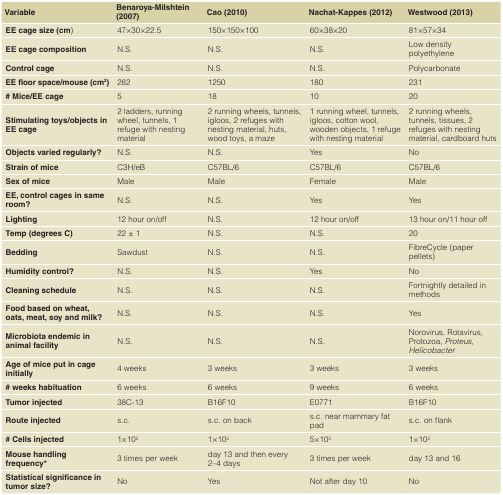
<table><thead><tr><td><b>Variable</b></td><td><b>Benaroya-Milshtein(2007)</b></td><td><b>Cao (2010)</b></td><td><b>Nachat-Kappes (2012)</b></td><td><b>Westwood (2013)</b></td></tr></thead><tbody><tr><td><b>EE cage size (cm)</b></td><td>47×30×22.5</td><td>150×150×100</td><td>60×38×20</td><td>81×57×34</td></tr><tr><td><b>EE cage composition</b></td><td>N.S.</td><td>N.S.</td><td>N.S.</td><td>Low densitypolyethylene</td></tr><tr><td><b>Control cage</b></td><td>N.S.</td><td>N.S.</td><td>N.S.</td><td>Polycarbonate</td></tr><tr><td><b>EE floor space/mouse (cm<sup>2</sup>)</b></td><td>282</td><td>1250</td><td>180</td><td>231</td></tr><tr><td><b># Mice/EE cage</b></td><td>5</td><td>18</td><td>10</td><td>20</td></tr><tr><td><b>Stimulating toys/objects in</b><b>EE cage</b></td><td>2 ladders, runningwheel, tunnels, 1refuge with nestingmaterial</td><td>2 running wheels, tunnels,igloos, 2 refuges withnesting material, huts,wood toys, a maze</td><td>1 running wheel, tunnels,igloos, cotton wool,wooden objects, 1 refugewith nesting material</td><td>2 running wheels,tunnels, tissues, 2refuges with nestingmaterial, cardboard huts</td></tr><tr><td><b>Objects varied regularly?</b></td><td>N.S.</td><td>N.S.</td><td>Yes</td><td>No</td></tr><tr><td><b>Strain of mice</b></td><td>C3H/eB</td><td>C57BL/6</td><td>C57BL/6</td><td>C57BL/6</td></tr><tr><td><b>Sex of mice</b></td><td>Male</td><td>Male</td><td>Female</td><td>Male</td></tr><tr><td><b>EE, control cages in same</b><b>room?</b></td><td>N.S.</td><td>N.S.</td><td>Yes</td><td>Yes</td></tr><tr><td><b>Lighting</b></td><td>12 hour on/off</td><td>N.S.</td><td>12 hour on/off</td><td>13 hour on/11 hour off</td></tr><tr><td><b>Temp (degrees C)</b></td><td>22 ± 1</td><td>N.S.</td><td>N.S.</td><td>20</td></tr><tr><td><b>Bedding</b></td><td>Sawdust</td><td>N.S.</td><td>N.S.</td><td>FibreCycle (paperpellets)</td></tr><tr><td><b>Humidity control?</b></td><td>N.S.</td><td>N.S.</td><td>Yes</td><td>No</td></tr><tr><td><b>Cleaning schedule</b></td><td>N.S.</td><td>N.S.</td><td>N.S.</td><td>Fortnightly detailed inmethods</td></tr><tr><td><b>Food based on wheat,</b><b>oats, meat, soy and milk?</b></td><td>N.S.</td><td>N.S.</td><td>N.S.</td><td>Yes</td></tr><tr><td><b>Microbiota endemic in</b><b>animal facility</b></td><td>N.S.</td><td>N.S.</td><td>N.S.</td><td>Norovirus, Rotavirus,Protozoa,<i>Proteus,</i><i>Helicobacter</i></td></tr><tr><td><b>Age of mice put in cage</b><b>initially</b></td><td>4 weeks</td><td>3 weeks</td><td>3 weeks</td><td>3 weeks</td></tr><tr><td><b># weeks habituation</b></td><td>6 weeks</td><td>6 weeks</td><td>9 weeks</td><td>6 weeks</td></tr><tr><td><b>Tumor injected</b></td><td>38C-13</td><td>B16F10</td><td>E0771</td><td>B16F10</td></tr><tr><td><b>Route injected</b></td><td>s.c.</td><td>s.c. on back</td><td>s.c. near mammary fatpad</td><td>s.c. on flank</td></tr><tr><td><b># Cells injected</b></td><td>1×10<sup>5</sup></td><td>1×10<sup>5</sup></td><td>5×10<sup>5</sup></td><td>1×10<sup>5</sup></td></tr><tr><td><b>Mouse handling</b><b>frequency*</b></td><td>3 times per week</td><td>day 13 and then every2–4 days</td><td>3 times per week</td><td>day 13 and 16</td></tr><tr><td><b>Statistical significance in</b><b>tumor size?</b></td><td>No</td><td>Yes</td><td>Not after day 10</td><td>No</td></tr></tbody></table>